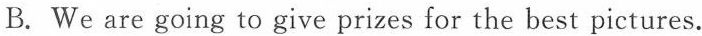
B. We are going to give prizes for the best pictures.